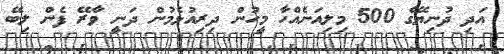
އަދި ދުނިޔޭގެ 500 މިލިއަނެއްހާ މީހުން ދިރިއުޅެމުން ދަނީ ވާރޭ ފެން ލިބޭ